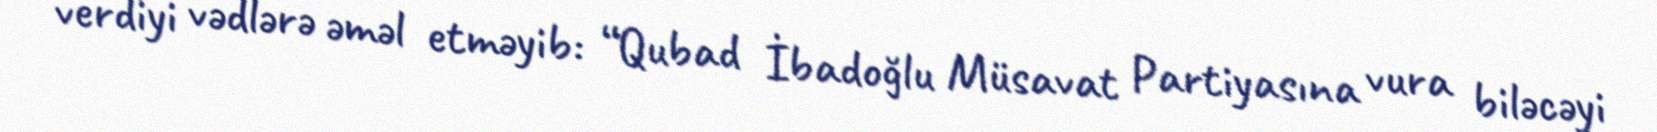
verdiyi vədlərə əməl etməyib: “Qubad İbadoğlu Müsavat Partiyasına vura biləcəyi